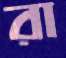
রা